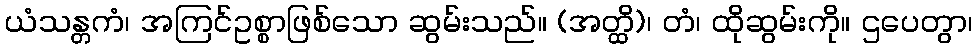
ယံသန္တကံ၊ အကြင်ဥစ္စာဖြစ်သော ဆွမ်းသည်။ (အတ္ထိ)၊ တံ၊ ထိုဆွမ်းကို။ ဌပေတွာ၊